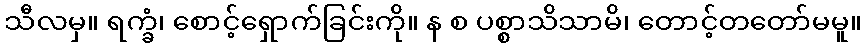
သီလမှ။ ရက္ခံ၊ စောင့်ရှောက်ခြင်းကို။ န စ ပစ္စာသိသာမိ၊ တောင့်တတော်မမူ။